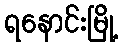
ရနောင်းမြို့